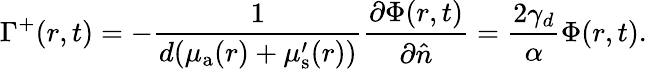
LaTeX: \Gamma^{+}(r,t)=-\frac{1}{{d}(\mu_{{\mathrm a}}(r)+\mu_{\mathrm{s}}^{\prime}(r))}\frac{\partial\Phi(r,t)}{\partial\hat{n}}=\frac{2\gamma_{d}}{\alpha}\Phi(r,t).